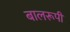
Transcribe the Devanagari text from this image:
बालरूपी